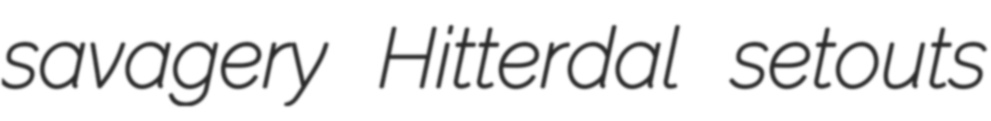
savagery Hitterdal setouts